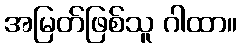
အမြတ်ဖြစ်သူ ဂါထာ။